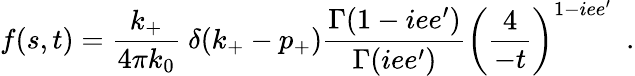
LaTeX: f(s,t)={\frac{k_{+}}{4\pi k_{0}}}~{\delta(k_{+}-p_{+})}{\frac{\Gamma(1-iee^{\prime})}{\Gamma(iee^{\prime})}}\left(\frac{4}{-t}\right)^{1-iee^{\prime}}~~.